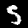
Digit: 5